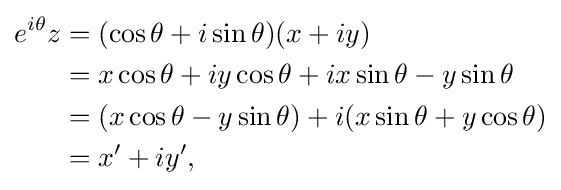
{\begin{aligned}e^{i\theta }z&=(\cos \theta +i\sin \theta )(x+iy)\\&=x\cos \theta +iy\cos \theta +ix\sin \theta -y\sin \theta \\&=(x\cos \theta -y\sin \theta )+i(x\sin \theta +y\cos \theta )\\&=x'+iy',\end{aligned}}